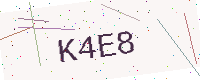
Text: K4E8